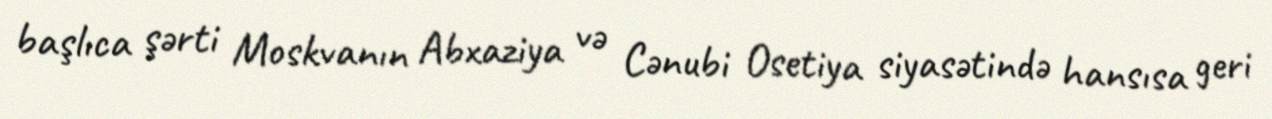
başlıca şərti Moskvanın Abxaziya və Cənubi Osetiya siyasətində hansısa geri